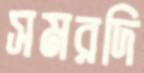
সমরদি